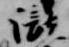
瀬